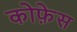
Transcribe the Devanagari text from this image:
कोफ़ेस